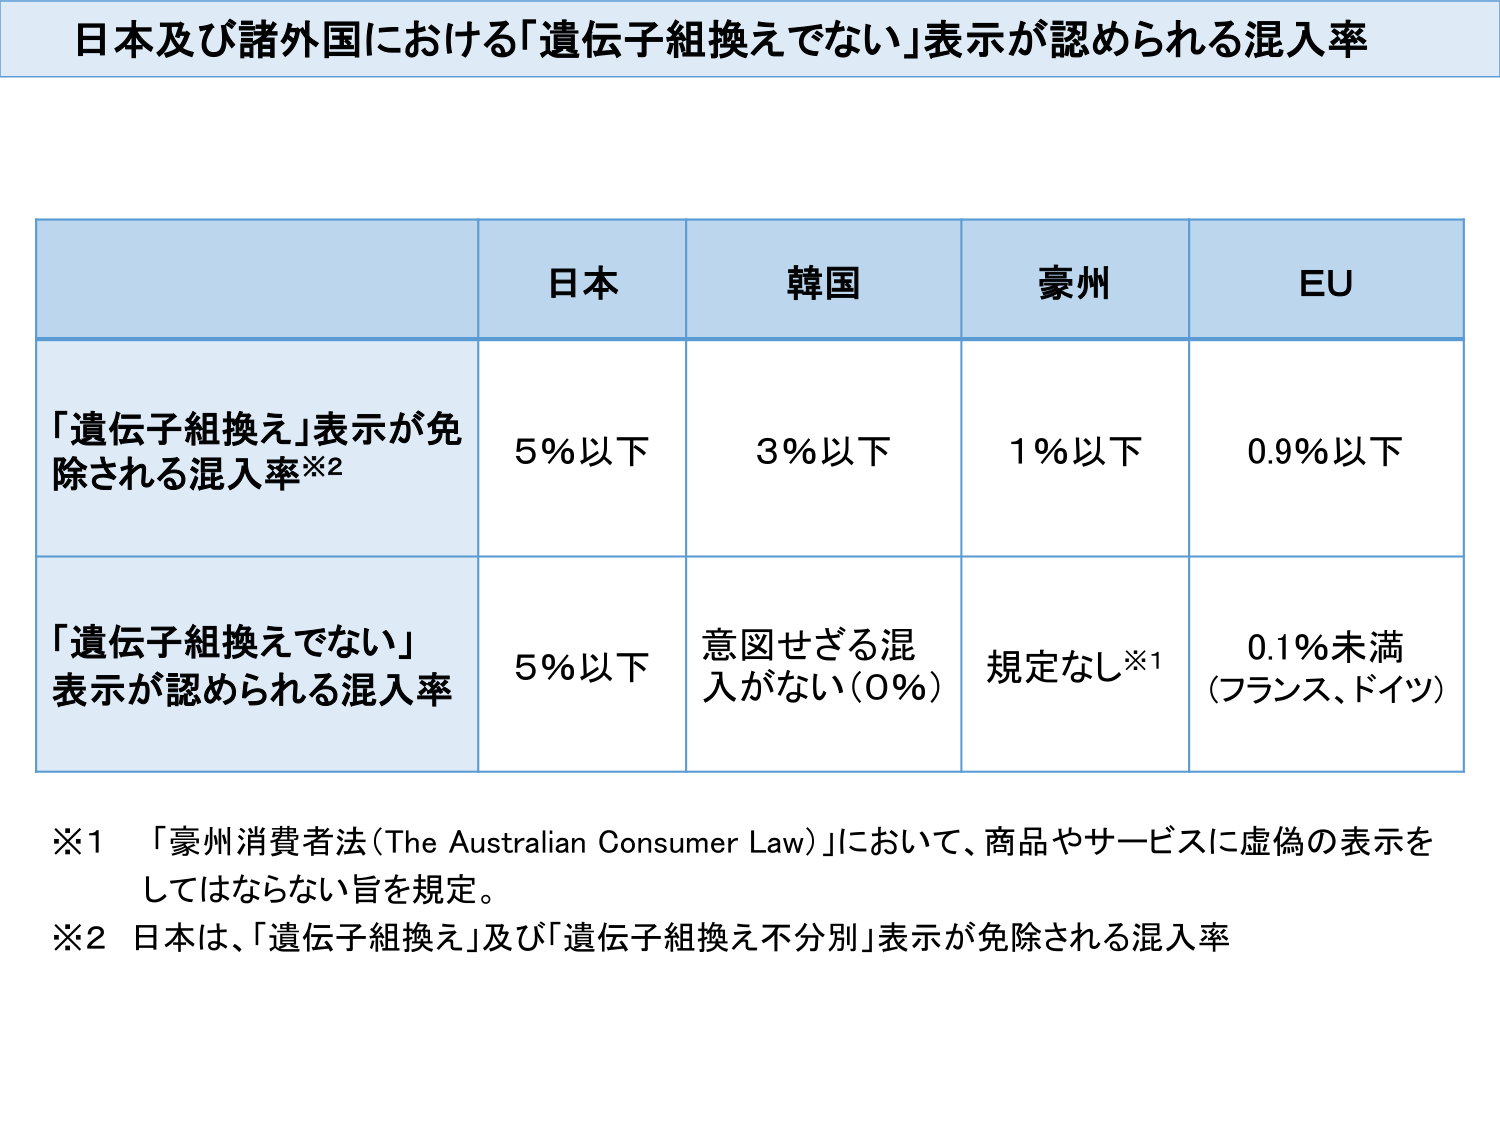
日本及び諸外国における「遺伝子組換えでない」表示が認められる混入率

日本　韓国　豪州　EU

「遺伝子組換え」表示が免除される混入率※2
5％以下　3％以下　1％以下　0.9％以下

「遺伝子組換えでない」表示が認められる混入率
5％以下　意図せざる混入がない（0％）　規定なし※1　0.1％未満（フランス、ドイツ）

※1 「豪州消費者法（The Australian Consumer Law）」において、商品やサービスに虚偽の表示をしてはならない旨を規定。
※2 日本は、「遺伝子組換え」及び「遺伝子組換え不分別」表示が免除される混入率